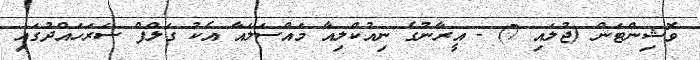
ވޮޝިންޓަން (ޖުލައި 7) - އީރާނުގެ ނިއުކްލިއާ މައްސަލައާ އެކު ގަލްފް ސަރަހައްދުގައި